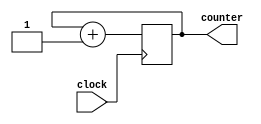
module f8_inc_1(clock, counter);
input clock;
output reg [7:0] counter;
always @(posedge clock)
	counter <= counter + 1;
endmodule